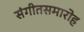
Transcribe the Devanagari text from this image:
संगीतसमारोह